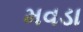
મવડા